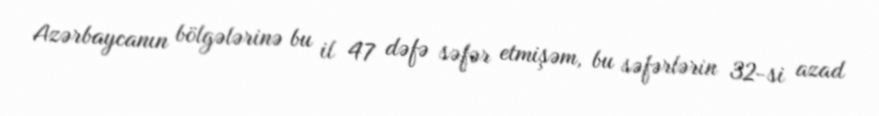
Azərbaycanın bölgələrinə bu il 47 dəfə səfər etmişəm, bu səfərlərin 32-si azad